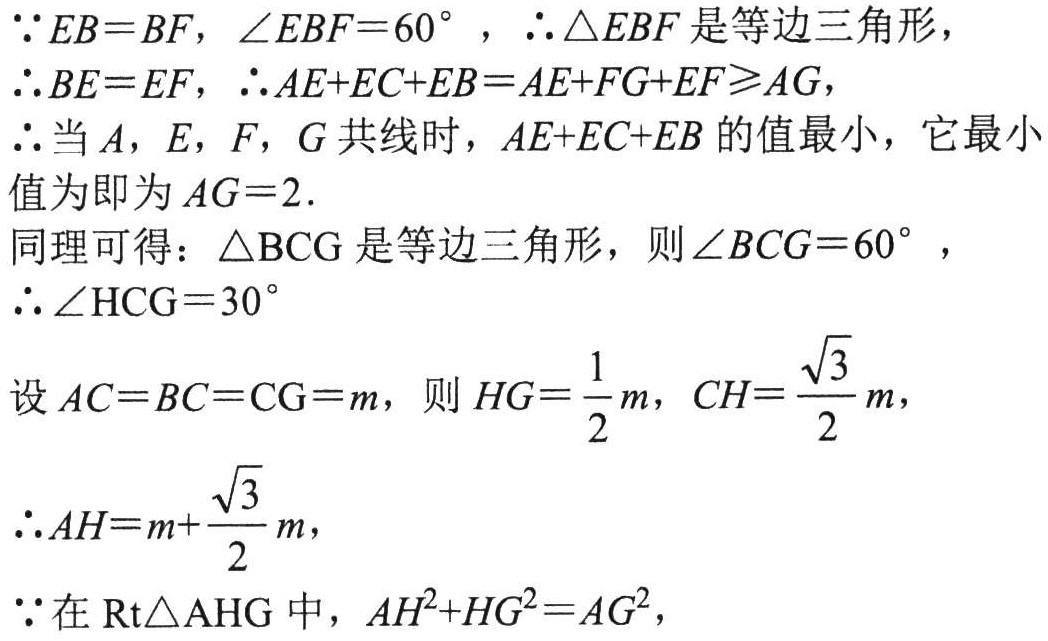
\(\because EB = BF,\ \angle EBF = 60^{\circ},\ \therefore \triangle EBF\) 是等边三角形，

\(\therefore BE = EF,\ \therefore AE + EC + EB = AE + FG + EF\geq AG\)，

\(\therefore\) 当 \(A, E, F, G\) 共线时， \(AE + EC + EB\) 的值最小，它最小

值为即为 \(AG = 2\).

同理可得：\(\triangle BCG\) 是等边三角形，则 \(\angle BCG = 60^{\circ}\)，

\(\therefore \angle HCG = 30^{\circ}\)

设 \(AC = BC = CG = m\)，则 \(HG=\frac{1}{2}m,\ CH = \frac{\sqrt{3}}{2}m\)，

\(\therefore AH = m+\frac{\sqrt{3}}{2}m\)，

\(\because\) 在 \(\text{Rt}\triangle AHG\) 中， \(AH^{2}+HG^{2}=AG^{2}\)，